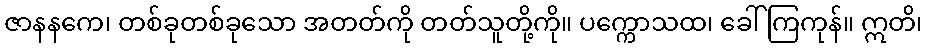
ဇာနနကေ၊ တစ်ခုတစ်ခုသော အတတ်ကို တတ်သူတို့ကို။ ပက္ကောသထ၊ ခေါ်ကြကုန်။ ဣတိ၊